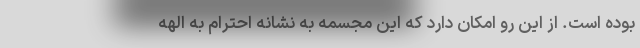
بوده است. از این رو امکان دارد که این مجسمه به نشانه احترام به الهه